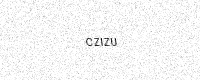
Text: CZIZU